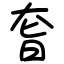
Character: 㚛